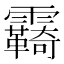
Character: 𩆺